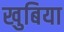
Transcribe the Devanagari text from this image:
खुबिया